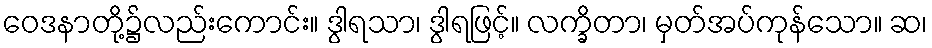
ဝေဒနာတို့၌လည်းကောင်း။ ဒွါရသာ၊ ဒွါရဖြင့်။ လက္ခိတာ၊ မှတ်အပ်ကုန်သော။ ဆ၊